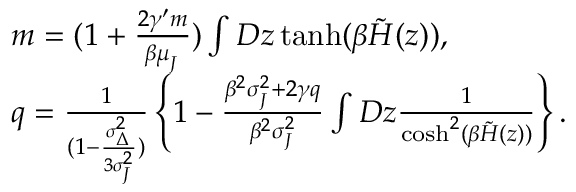
\begin{array} { r l } & { m = ( 1 + \frac { 2 \gamma ^ { \prime } m } { \beta \mu _ { _ { J } } } ) \int D z \operatorname { t a n h } ( \beta \tilde { H } ( z ) ) , } \\ & { q = \frac { 1 } { ( 1 - \frac { \sigma _ { _ { \Delta } } ^ { 2 } } { 3 \sigma _ { _ { J } } ^ { 2 } } ) } \left\{ 1 - \frac { \beta ^ { 2 } \sigma _ { _ { J } } ^ { 2 } + 2 \gamma q } { \beta ^ { 2 } \sigma _ { _ { J } } ^ { 2 } } \int D z \frac { 1 } { \cosh ^ { 2 } ( \beta \tilde { H } ( z ) ) } \right\} . } \end{array}